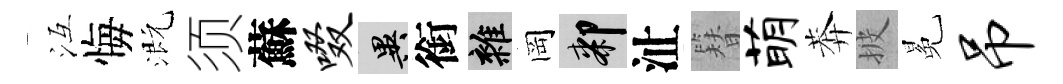
冱悔溉须蘇啜异銜雜岡膝沚簪萌莾披冕吊